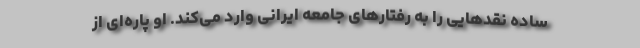
ساده نقدهایی را به رفتارهای جامعه ایرانی وارد می‌کند. او پاره‌ای از